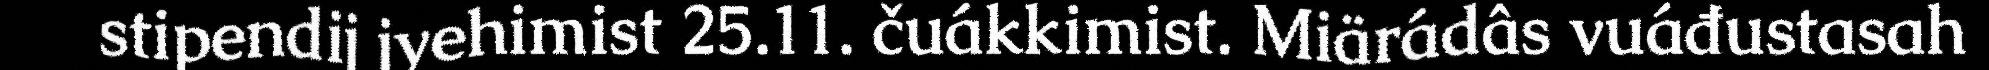
stipendij jyehimist 25.11. čuákkimist. Miärádâs vuáđustasah